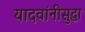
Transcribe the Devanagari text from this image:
यादवांनीसुद्धा